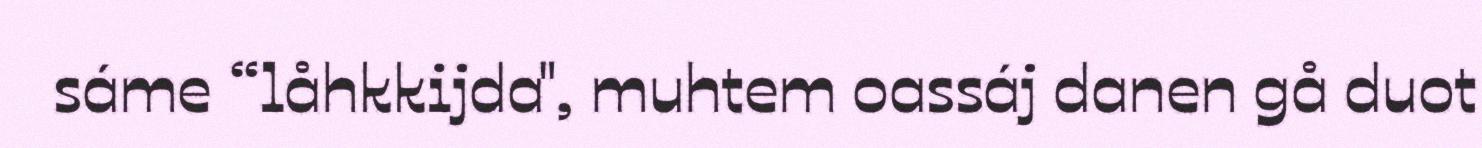
sáme “låhkkijda", muhtem oassáj danen gå duot